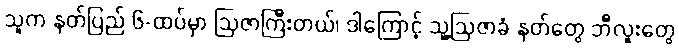
သူက နတ်ပြည် ၆-ထပ်မှာ ဩဇာကြီးတယ်၊ ဒါကြောင့် သူ့ဩဇာခံ နတ်တွေ ဘီလူးတွေ